Report on vaccination in Madras 1922-1929 - 1922-1929
Year: 1922
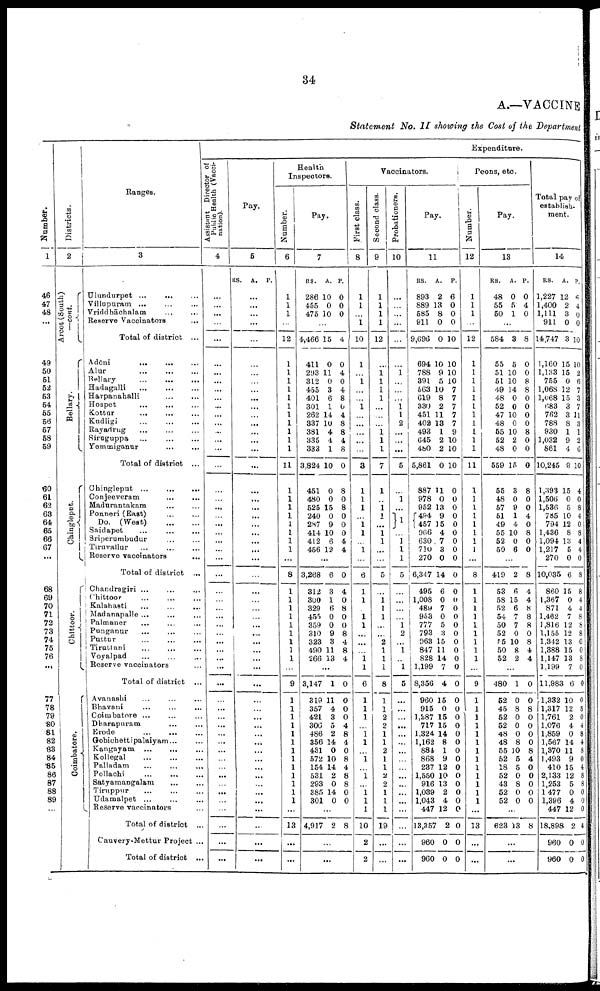
34
A.—VACCINE
Statement No. II showing the Cost of the Department
Number.
1
46
47
48
...
49
50
51
52
53
54
55
56
57
58
59
60
61
62
68
64
65
66
67
...
68
69
70
71
72
73
74
75
76
...
77
78
79
80
81
82
83
84
85
86
87
88
89
...
Districts.
2
Arcot(South)
—cont.
Bellary.
Chingleput.
Chittoor.
Coimbatore.
Ranges.
3
Ulundurpet ...
...
...
Villupuram ... ... ...
Vriddhāchalam
...
...
Reserve Vaccinators
...
Total of district ...
Adōni
... ... ...
Alur
... ... ...
Bellary
...
...
...
Hadagalli ... ...
Harpanahalli
...
...
Hospet ... ... ...
Kottur
...
...
...
Kudligi
...
...
...
Rayadrug ... ... ...
Siruguppa
...
...
...
Yemmiganur ... ...
Total of district ...
Chingleput ...
...
...
Conjeeveram ... ...
Madurantakam
...
...
Ponneri (East)
...
...
Do. (West)
...
...
Saidapet ... ... ...
Sriperumbudur ... ...
Tiruvallur ... ... ...
Reserve vaccinators
Total of district ...
Chandragiri ...
...
...
Chittoor ... ... ...
Kalahasti ... ... ...
Madanapalle ...
... ...
Palmaner ... ... ...
Punganur ... ... ...
Puttur
...
...
...
Tiruttani ... ... ...
Voyalpad ... ... ...
Reserve vaccinators ...
Total of district ...
Avanashi ... ... ...
Bhavani ... ... ...
Coimbatore ... ... ...
Dharapuram ... ...
Erode
...
...
...
Gobichettipalaiyam... ...
Kangayam
...
...
...
Kollegal ... ... ...
Palladam ... ... ...
Pollachi
...
...
...
Satyamangalam
... ...
Tiruppur ... ... ...
Udamalpet ... ... ...
Reserve vaccinators ...
Total of district ...
Cauvery-Mettur Project ...
Total of district ...
Expenditure.
Assistant Director of
Public Health (Vacci
nation).
4
...
...
...
...
...
...
...
...
...
...
...
...
...
...
...
...
...
...
...
...
...
...
...
...
...
...
...
...
...
...
...
...
...
...
...
...
...
...
...
...
...
...
...
...
...
...
...
...
...
...
...
...
...
...
...
Pay.
5
RS. A. P.
...
...
...
...
...
...
...
...
...
...
...
...
...
...
...
...
...
...
...
...
...
...
...
...
...
...
...
...
...
...
...
...
...
...
...
...
...
...
...
...
...
...
...
...
...
...
...
...
...
...
...
...
...
...
...
Health
Inspectors.
Number.
6
1
1
1
...
12
1
1
1
1
1
1
1
1
1
1
1
11
1
1
1
1
1
1
1
1
...
8
1
1
1
1
1
1
1
1
1
1
9
1
1
1
1
1
1
1
1
1
1
1
1
1
...
13
...
...
Pay.
7
RS.
286
455
475
A.
10
0
10
P.
0
0
0
...
4,466
411
293
312
455
401
301
262
337
381
335
333
3,824
451
480
525
240
287
414
412
456
15
0
11
0
3
6
1
14
10
4
4
1
10
0
0
15
0
9
10
6
12
4
0
4
0
4
8
0
4
8
8
4
8
0
8
0
8
0
0
0
4
4
...
3,268
312
300
329
455
359
310
323
490
266
6
3
1
6
0
0
9
3
11
13
0
4
0
8
0
0
8
4
8
4
...
3,147
319
357
421
306
486
356
431
572
154
531
293
385
301
1
11
4
3
5
2
14
0
10
14
2
0
14
0
0
0
0
0
4
8
4
0
8
4
8
8
0
0
...
4,917 2 8
...
...
Vaccinators.
First class.
8
1
1
...
1
10
1
...
1
...
...
1
...
...
...
...
...
3
1
1
1
...
1
1
...
1
...
6
1
1
1
1
...
...
...
1
1
6
1
1
1
...
1
1
...
1
...
1
...
1
1
1
10
2
2
Second class.
9
1
1
1
1
12
...
1
1
1
1
...
...
...
1
1
1
7
1
...
1
1
...
1
1
...
...
5
...
1
1
1
...
...
2
1
1
1
8
1
1
2
2
1
1
2
1
1
2
2
1
1
1
19
...
...
Probationers.
10
...
...
...
...
...
...
1
...
...
...
1
1
2
...
...
...
5
...
1
...
1
...
1
1
1
5
...
...
...
...
1
2
...
1
...
1
5
...
...
...
...
...
...
...
...
...
...
...
...
...
...
...
...
...
Pay.
11
RS.
893
889
585
911
9,696
694
788
391
563
619
330
451
402
493
645
480
5,861
887
978
952
494
457
966
630
710
270
6,347
495
1,008
489
953
777
793
963
847
828
1,199
8,356
960
915
1,287
717
1,324
1,162
884
868
237
1,550
916
1,039
1,043
447
13,357
960
960
A.
2
13
8
0
0
10
9
5
10
8
2
11
13
1
2
2
0
11
0
13
9
15
4
7
3
0
14
6
0
7
0
5
3
15
11
14
7
4
15
0
15
15
14
8
1
9
12
10
13
2
4
12
2
0
0
P.
6
0
0
0
10
10
10
10
7
7
7
7
7
9
10
10
10
0
0
0
0
0
0
0
0
0
0
0
0
0
0
0
0
0
0
0
0
0
0
0
0
0
0
0
0
0
0
0
0
0
0
0
0
0
0
Peons, etc.
Number.
12
1
1
1
...
12
1
1
1
1
1
1
1
1
1
1
1
11
1
1
1
1
1
1
1
1
...
8
1
1
1
1
1
1
1
1
1
1
9
1
1
1
1
1
1
1
1
1
1
1
1
1
...
13
...
...
Pay.
13
RS.
48
55
50
A.
0
5
1
P.
0
4
0
...
584
55
51
51
49
48
52
47
48
55
52
48
559
55
48
57
51
49
55
52
50
3
5
10
10
14
0
0
10
0
10
2
0
15
3
0
9
1
4
10
0
6
8
0
0
8
8
0
0
0
0
8
0
0
0
8
0
0
4
0
8
0
0
...
419
53
58
52
54
50
52
55
50
52
2
6
15
6
7
7
0
10
8
2
8
4
4
8
8
8
0
8
4
4
...
480
52
45
52
52
48
48
55
52
18
52
43
52
52
1
0
8
0
0
0
8
10
5
5
0
8
0
0
0
0
8
0
0
0
0
8
4
0
0
0
0
0
...
623 13 8
...
...
Total pay of
establish
ment.
14
RS.
1,227
1,400
1,111
911
14,747
1,160
1,133
755
1,068
1,068
683
762
788
930
1,032
861
10,245
1,393
1,506
1,536
785
794
1,436
1,094
1,217
270
10,035
860
1,367
871
1,462
1,816
1,155
1,342
1,388
1,147
1,199
11,983
1,382
1,317
1,761
1,076
1,859
1,567
1,370
1,493
410
2,133
1,253
1,477
1,396
447
18,898
960
960
A.
12
2
3
0
3
15
15
0
12
15
3
3
8
1
9
4
9
15
0
5
10
12
8
13
5
0
6
15
0
4
7
12
12
13
15
13
7
6
10
12
2
4
0
14
11
9
15
12
5
0
4
12
2
0
0
P.
6
4
0
0
10
10
2
6
7
3
7
11
3
1
2
6
10
4
0
8
4
0
8
4
4
0
8
8
4
4
8
8
8
0
0
8
0
0
0
8
0
4
8
4
8
0
4
8
8
0
0
0
4
0
0